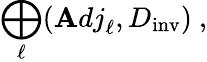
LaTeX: \bigoplus_{\ell}({\mathbf Adj}_{\ell},D_{\mathrm{inv}})~,